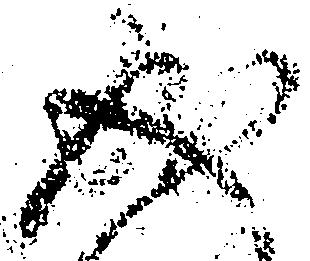
成